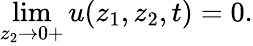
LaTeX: \operatorname*{lim}_{z_{2}\to 0+}u(z_{1},z_{2},t)=0.